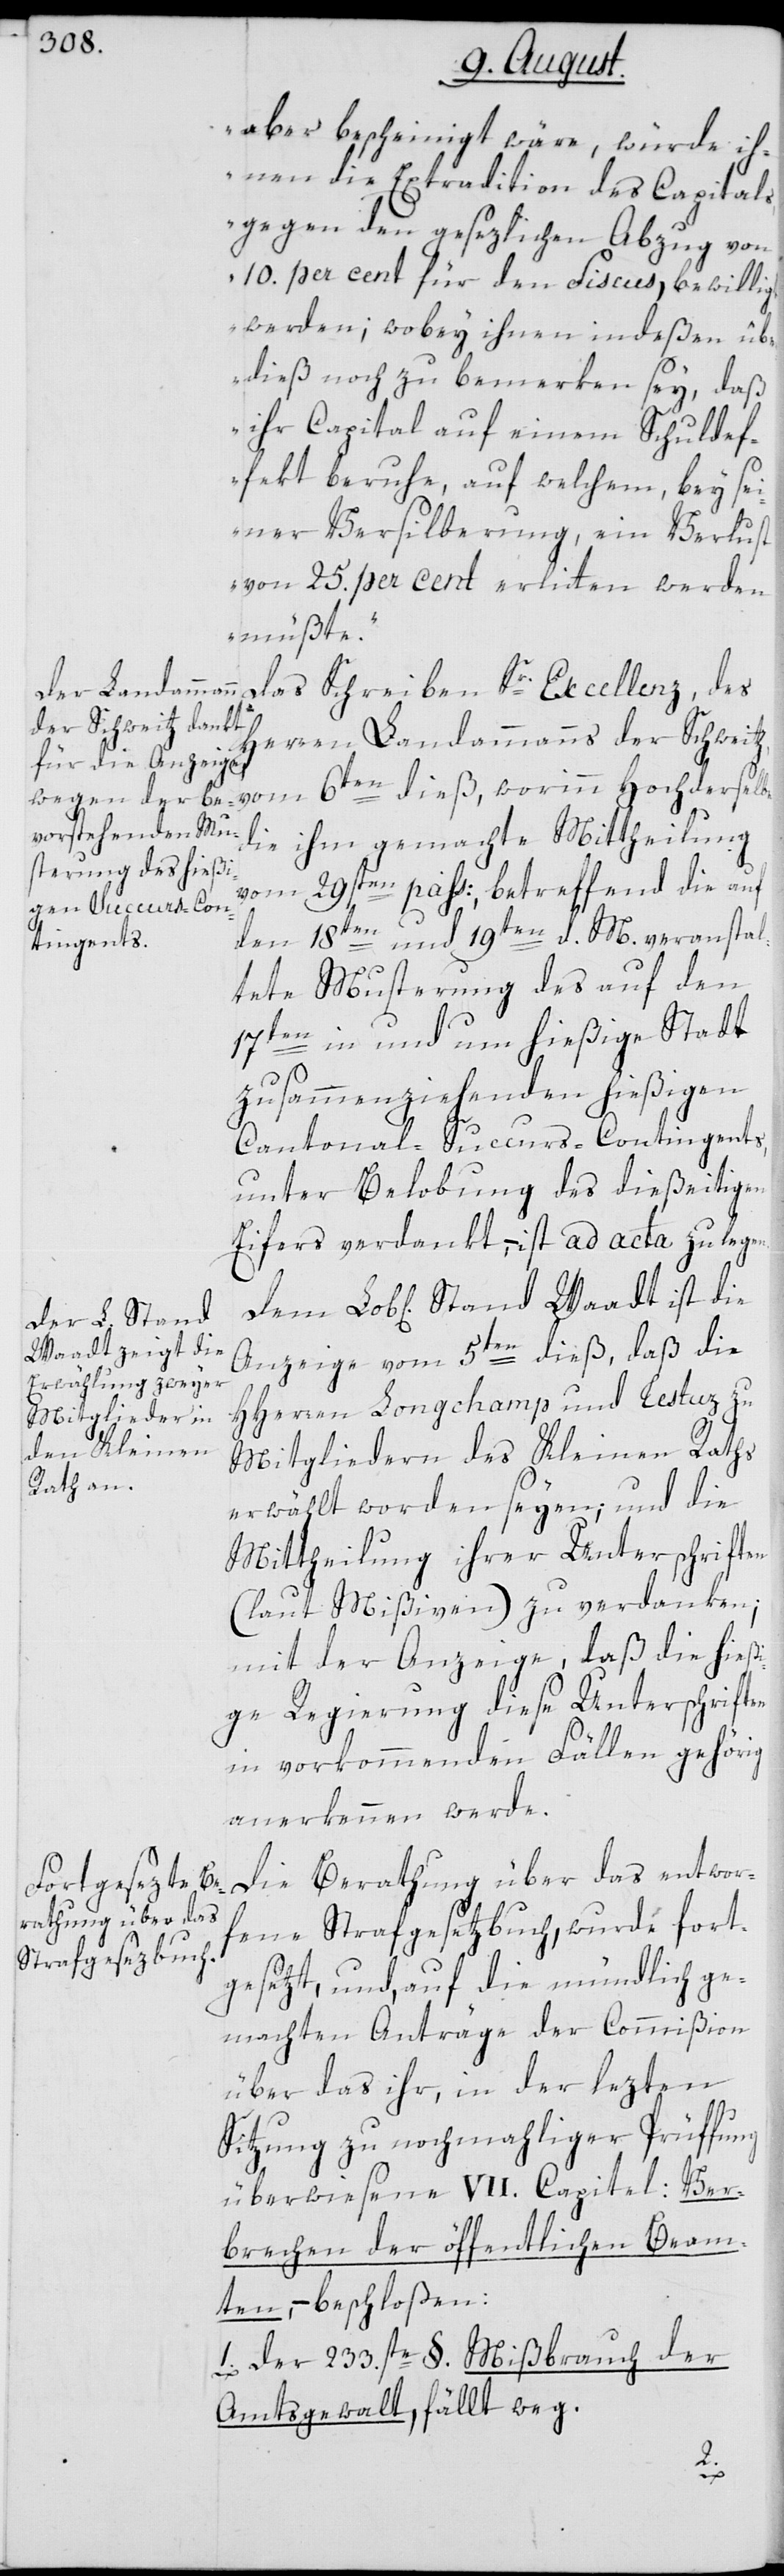
aber bescheinigt wäre, würde ih¬
nen die Extradition des Capitals
gegen den gesezlichen Abzug von
10. per cent für den Fiscus, bewilligt
werden; wobey ihnen indeßen über¬
dieß noch zu bemerken sey, daß
ihr Capital auf einem Schuldef¬
fekt beruhe, auf welchem, bey sei¬
ner Versilberung, ein Verlust
von 25. per cent erlitten werden
müßte.“
Das Schreiben Sr. Excellenz, des
Herren Landammanns der Schweitz,
die ihm gemachte Mittheilung
vm 29sten pass:, betreffend die auf
den 18ten und 19ten d. M veranstal¬
tete Musterung des auf den
17ten in und um hießige Stadt
zusammenziehenden hießigen
Cantonal-Succurs-Contingents,
unter Belobung des dießeitigen
Eifers verdankt, – ist ad acta zu lege¬
Waadt ist die
Anzeige vom 5ten dieß, daß die
HHerren Longchamp und Testuz zu
Mitgliedern des Kleinen Raths
erwählt worden seyen; und die
Mittheilung ihrer Unterschriften
(laut Mißiven) zu verdanken;
mit der Anzeige, daß die hießi¬
ge Regierung diese Unterschriften
in vorkommenden Fällen gehörig
anerkennen werde.
Die Berathung über das entwor¬
fene Strafgesetzbuch, wurde fort¬
gesetzt, und, auf die mündlich ge¬
machten Anträge der Commißion
über das ihr, in der lezten
Sitzung zu nochmahliger Prüffung
überwiesene VII. Capitel: Ver¬
brechen der öffentlichen Beam¬
ten, – beschloßen:
1. Der 233.ste §. Mißbrauch der
Amtsgewalt, fällt weg.
n.